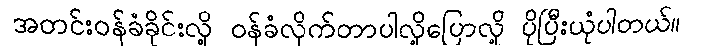
အတင်းဝန်ခံခိုင်းလို့ ဝန်ခံလိုက်တာပါလို့ပြောလို့ ပိုပြီးယုံပါတယ်။